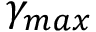
\gamma _ { m a x }